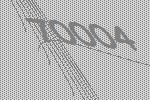
70004